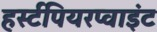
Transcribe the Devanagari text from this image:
हर्स्टपियरप्वाइंट